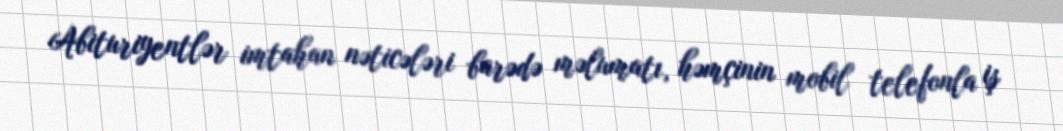
Abituriyentlər imtahan nəticələri barədə məlumatı, həmçinin mobil telefonla iş